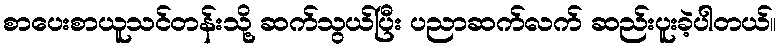
စာပေးစာယူသင်တန်းသို့ ဆက်သွယ်ပြီး ပညာဆက်လက် ဆည်းပူးခဲ့ပါတယ်။